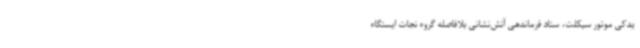
یدکی موتور سیکلت، ستاد فرماندهی آتش‌نشانی بلافاصله گروه نجات ایستگاه